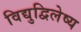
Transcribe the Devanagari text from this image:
विद्युद्विलेष्य